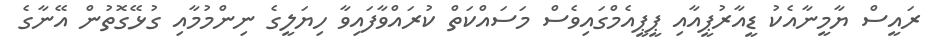
ރައީސް ޔާމީނާއެކު ޑީއާރުޕީއާއި ޕީޕީއެމްގައިވެސް މަސައްކަތް ކުރައްވާފައިވާ ހިޔަލީގެ ނިންމުމާއި ގުޅޭގޮތުން އޭނާގެ